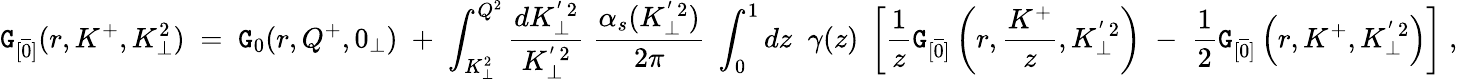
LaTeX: {\tt G}_{[\overline{{{0}}}]}(r,K^{+},K_{\perp}^{2})\; =\; {\tt G}_{0}(r,Q^{+},0_{\perp})\; +\; \int_{K_{\perp}^{2}}^{Q^{2}}\frac{dK_{\perp}^{'\, 2}}{K_{\perp}^{'\, 2}}\; \frac{\alpha_{s}(K_{\perp}^{'\, 2})}{2\pi}\; \int_{0}^{1}dz\; \; \gamma(z)\; \left[\frac{1}{z}{\tt G}_{[\overline{{{0}}}]}\left(r,\frac{K^{+}}{z},K_{\perp}^{'\, 2}\right)\; -\; \frac{1}{2}{\tt G}_{[\overline{{{0}}}]}\left(r,K^{+},K_{\perp}^{'\, 2}\right)\right]\; ,